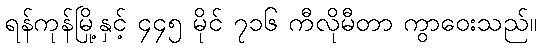
ရန်ကုန်မြို့နှင့် ၄၄၅ မိုင် ၇၁၆ ကီလိုမီတာ ကွာဝေးသည်။